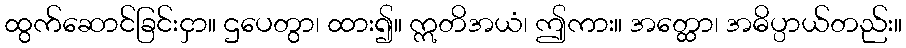
ထွက်ဆောင်ခြင်းငှာ။ ဌပေတွာ၊ ထား၍။ ဣတိအယံ၊ ဤကား။ အတ္ထော၊ အဓိပ္ပာယ်တည်း။